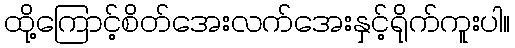
ထို့ကြောင့်စိတ်အေးလက်အေးနှင့်ရိုက်ကူးပါ။